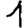
Digit: 1